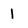
Character: 1